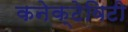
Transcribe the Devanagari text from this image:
कनेक्टेविटी